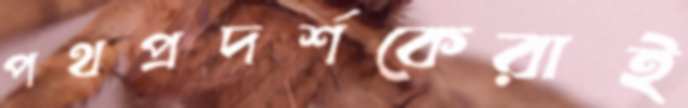
পথপ্রদর্শকেরাই